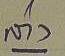
ล่าง